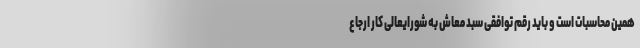
همین محاسبات است و باید رقم توافقی سبد معاش به شورایعالی کار ارجاع